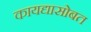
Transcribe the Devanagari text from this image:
कायद्यासोबत